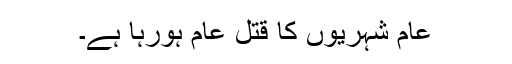
عام شہریوں کا قتل عام ہورہا ہے۔